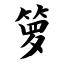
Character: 箩